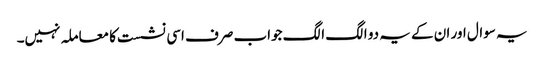
یہ سوال اور ان کے یہ دو الگ الگ جواب صرف اسی نشست کا معاملہ نہیں۔